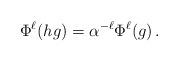
LaTeX: \begin{align*} \Phi^\ell(hg) = \alpha^{-\ell}\Phi^\ell(g)\,.\end{align*}